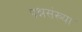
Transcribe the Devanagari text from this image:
प्रश्नसंख्या